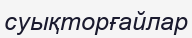
суықторғайлар